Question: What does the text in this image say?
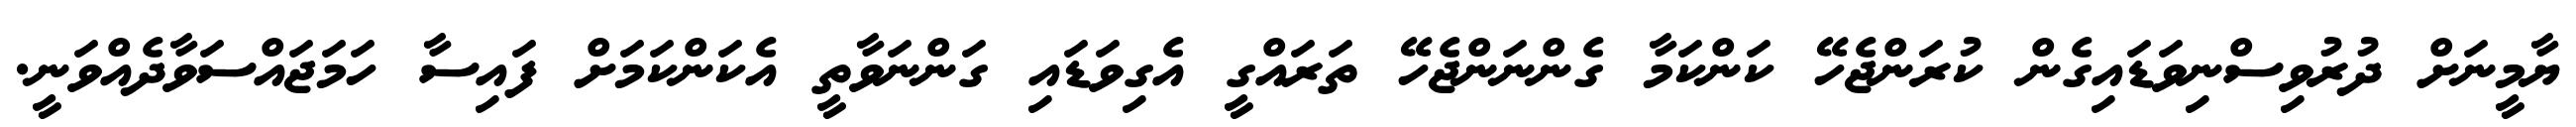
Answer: ޔާމީނަށް ދުރުވިސްނިވަޑައިގެން ކުރަންޖެހޭ ކަންކަމާ ގެންނަންޖެހޭ ތަރައްގީ އެގިވަޑައި ގަންނަވާތީ އެކަންކަމަށް ފައިސާ ހަމަޖައްސަވާދެއްވަނީ.